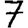
Digit: 7